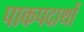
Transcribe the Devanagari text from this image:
पाकपदार्थो